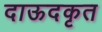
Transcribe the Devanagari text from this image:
दाऊदकृत